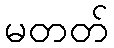
မတတ်